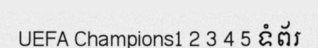
UEFA Champions1 2 3 4 5 ទំព័រ